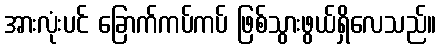
အားလုံးပင် ခြောက်ကပ်ကပ် ဖြစ်သွားဖွယ်ရှိလေသည်။